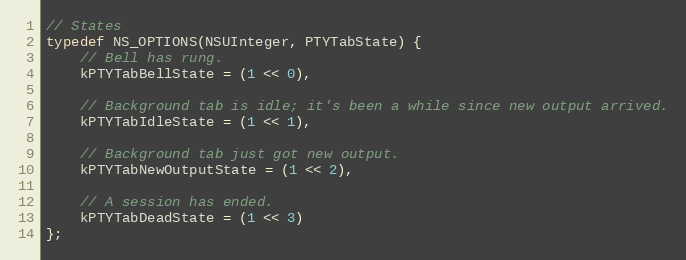
Language: C
// States
typedef NS_OPTIONS(NSUInteger, PTYTabState) {
    // Bell has rung.
    kPTYTabBellState = (1 << 0),

    // Background tab is idle; it's been a while since new output arrived.
    kPTYTabIdleState = (1 << 1),

    // Background tab just got new output.
    kPTYTabNewOutputState = (1 << 2),

    // A session has ended.
    kPTYTabDeadState = (1 << 3)
};